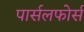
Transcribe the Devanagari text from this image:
पार्सलफोर्स